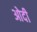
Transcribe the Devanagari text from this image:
ओदी